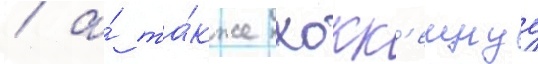
/ а́ та́кже хокк'еинуу